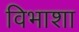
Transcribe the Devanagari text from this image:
विभाशा